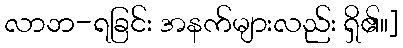
လာဘ-ရခြင်း အနက်များလည်း ရှိ၏။]